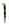
L